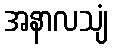
အနာလသျံ